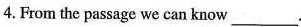
4. From the passage we can know___